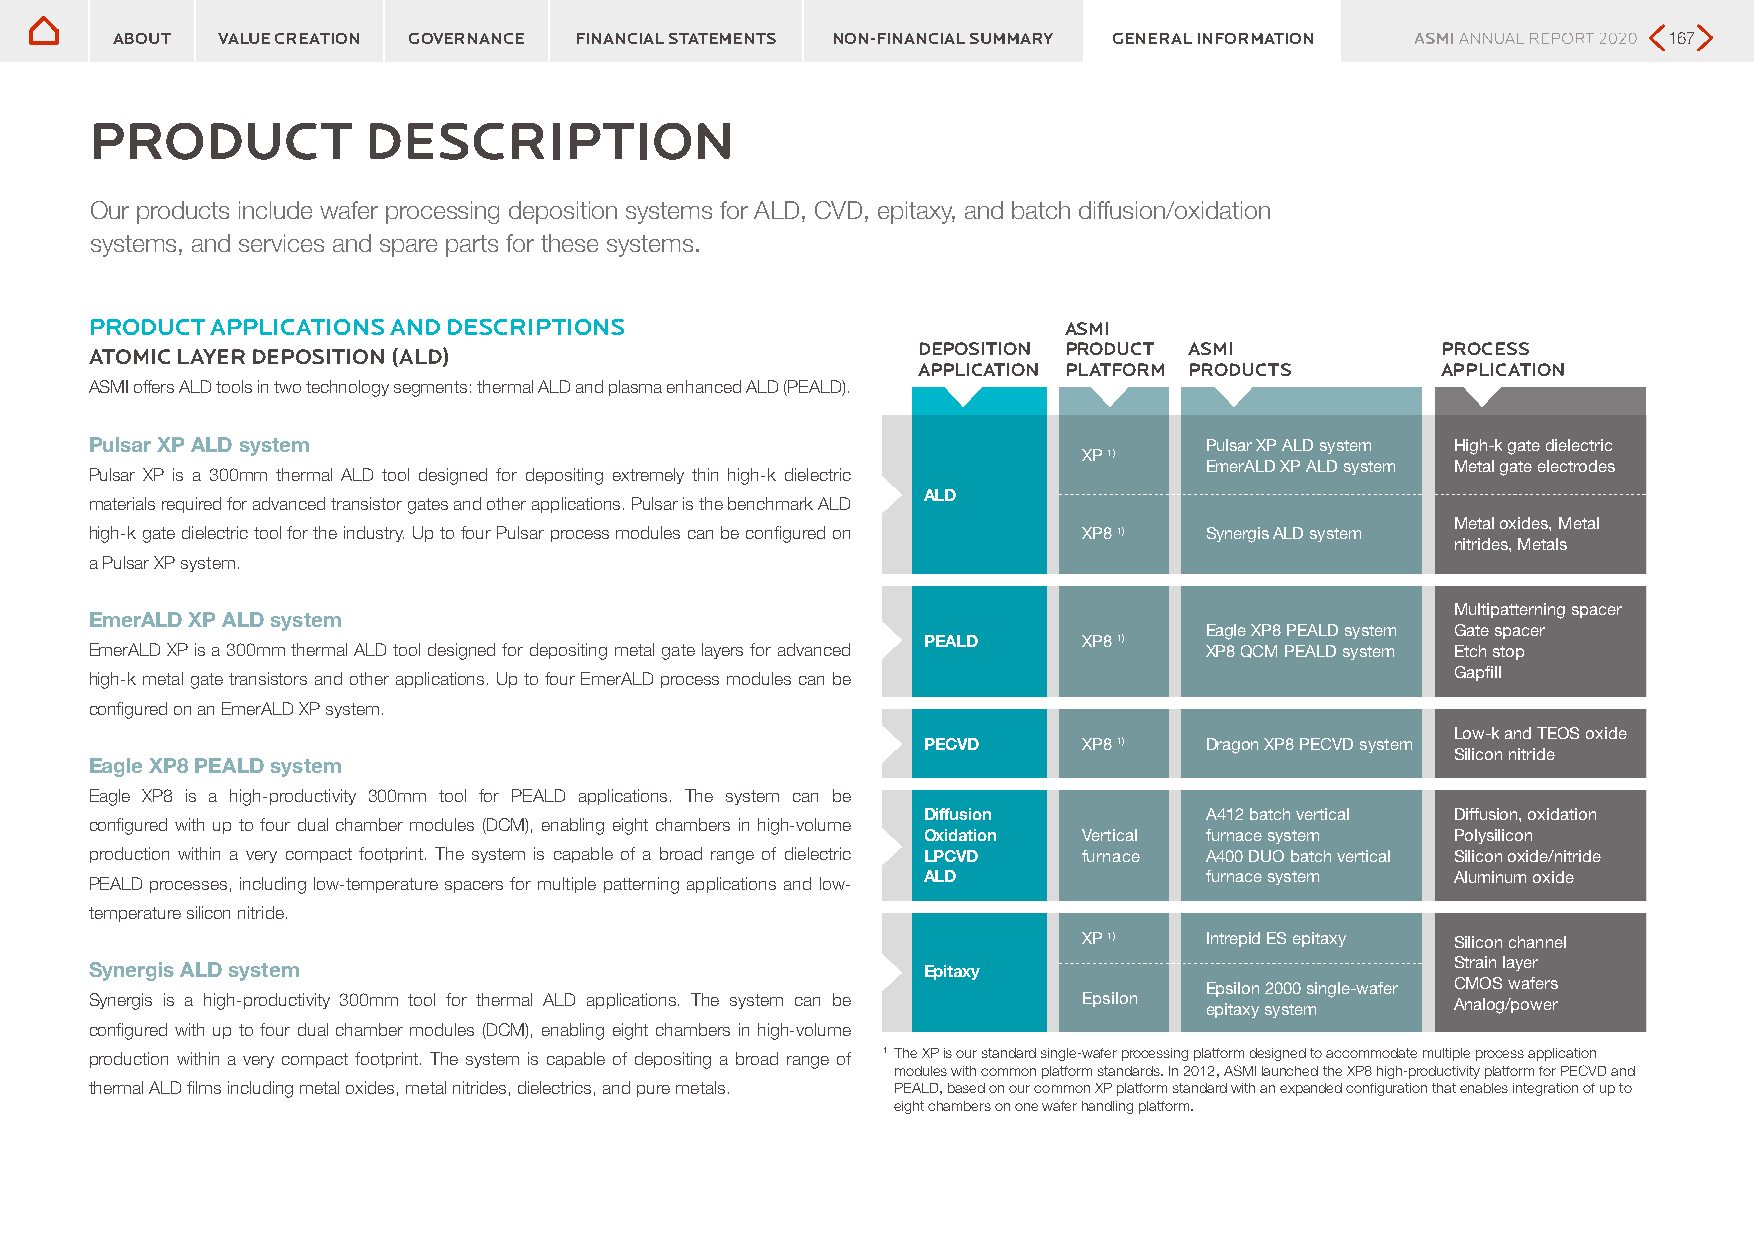
Product description
 Product description
 ABOUT  VALUE CREATION GOVERNANCE FINANCIAL STATEMENTS NON-FINANCIAL SUMMARY GENERAL INFORMATION        167
 PRODUCT           DESCRIPTION
 Our products include wafer processing deposition systems for ALD, CVD, epitaxy, and batch diffusion/oxidation
 systems, and services and spare parts for these systems.
 PRODUCT APPLICATIONS AND DESCRIPTIONS                           ASMI
 DEPOSITION PRODUCT ASMI           PROCESS
 ATOMIC LAYER DEPOSITION (ALD)
 APPLICATION PLATFORM PRODUCTS     APPLICATION
 ASMI offers ALD tools in two technology segments: thermal ALD and plasma enhanced ALD (PEALD).
 Pulsar XP ALD system                                                      Pulsar XP ALD system High-k gate dielectric
 XP 1)
 EmerALD XP ALD system Metal gate electrodes
 Pulsar XP is a 300mm thermal ALD tool designed for depositing extremely thin high-k dielectric
 ALD
 materials required for advanced transistor gates and other applications. Pulsar is the benchmark ALD
 Metal oxides, Metal
 high-k gate dielectric tool for the industry. Up to four Pulsar process modules can be configured on XP8 1) Synergis ALD system
 nitrides, Metals
 a Pulsar XP system.
 Multipatterning spacer
 EmerALD XP ALD system
 Eagle XP8 PEALD system Gate spacer
 PEALD      XP8 1)
 EmerALD XP is a 300mm thermal ALD tool designed for depositing metal gate layers for advanced XP8 QCM PEALD system Etch stop
 Gapfill
 high-k metal gate transistors and other applications. Up to four EmerALD process modules can be
 configured on an EmerALD XP system.
 Low-k and TEOS oxide
 PECVD      XP8 1)  Dragon XP8 PECVD system
 Silicon nitride
 Eagle XP8 PEALD system
 Eagle XP8 is a high-productivity 300mm tool for PEALD applications. The system can be
 Diffusion          A412 batch vertical Diffusion, oxidation
 configured with up to four dual chamber modules (DCM), enabling eight chambers in high-volume
 Oxidation  Vertical furnace system Polysilicon
 production within a very compact footprint. The system is capable of a broad range of dielectric LPCVD furnace A400 DUO batch vertical Silicon oxide/nitride
 PEALD processes, including low-temperature spacers for multiple patterning applications and low- ALD furnace system Aluminum oxide
 temperature silicon nitride.
 XP 1)   Intrepid ES epitaxy Silicon channel
 Synergis ALD system                                    Epitaxy                            Strain layer
 Epsilon 2000 single-wafer CMOS wafers
 Synergis is a high-productivity 300mm tool for thermal ALD applications. The system can be Epsilon epitaxy system Analog/power
 configured with up to four dual chamber modules (DCM), enabling eight chambers in high-volume
 production within a very compact footprint. The system is capable of depositing a broad range of 1 The XP is our standard single-wafer processing platform designed to accommodate multiple process application
 modules with common platform standards. In 2012, ASMI launched the XP8 high-productivity platform for PECVD and
 thermal ALD films including metal oxides, metal nitrides, dielectrics, and pure metals. PEALD, based on our common XP platform standard with an expanded configuration that enables integration of up to
 eight chambers on one wafer handling platform.